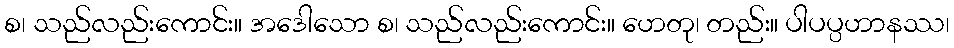
စ၊ သည်လည်းကောင်း။ အဒေါသော စ၊ သည်လည်းကောင်း။ ဟေတု၊ တည်း။ ပါပပ္ပဟာနဿ၊